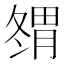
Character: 𰯇